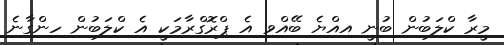
މީރާ ކްލަބުން ބުނީ އިއްޔެ ބޭއްވި އެ ޕްރޮގްރާމަކީ އެ ކްލަބުން ހިންގާނެ